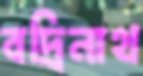
বদ্রিনাথ